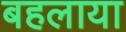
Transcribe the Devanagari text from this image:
बहलाया